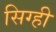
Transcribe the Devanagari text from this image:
सिग्ही